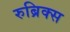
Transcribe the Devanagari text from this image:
रुब्रिक्स